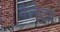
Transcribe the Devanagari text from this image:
वैलेटा